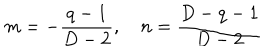
m = - \frac { q - 1 } { D - 2 } , \quad n = \frac { D - q - 1 } { D - 2 }